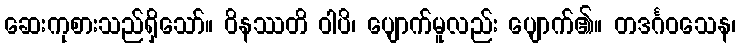
ဆေးကုစားသည်ရှိသော်။ ဝိနဿတိ ဝါပိ၊ ပျောက်မူလည်း ပျောက်၏။ တဒင်္ဂဝသေန၊